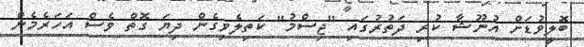
ބޮލީވުޑަށް އުނޫޝާ ކުރި ދަތުރުގައި "ޖިސްމު" ކަތިލެވިގެން ދިޔަ ގޮތް ވެސް އަހަރެމެން